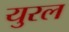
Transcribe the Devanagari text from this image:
युरल